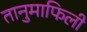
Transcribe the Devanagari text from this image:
तानुमाफिली